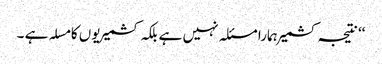
‘‘ نتیجہ کشمیر ہمارا مسئلہ نہیں ہے بلکہ کشمیریوں کا مسلہ ہے ۔